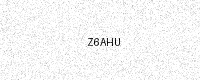
Text: Z6AHU